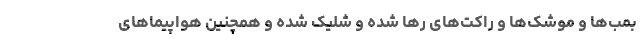
بمب‌ها و موشک‌ها و راکت‌های رها شده و شلیک شده و همچنین هواپیماهای